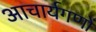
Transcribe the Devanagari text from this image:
आचार्यगणों